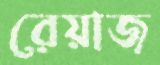
রেয়াজ